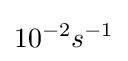
10^{-2}s^{-1}